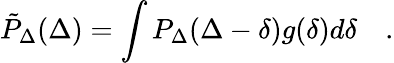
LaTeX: \tilde{P}_{\Delta}(\Delta)=\int P_{\Delta}(\Delta-\delta)g(\delta)d\delta\quad.